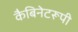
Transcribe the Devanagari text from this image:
कैबिनेटरूपी